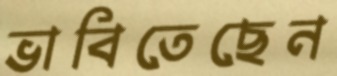
ভাবিতেছেন